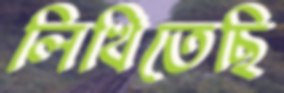
লিখিতেছি